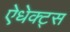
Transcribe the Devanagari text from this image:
ऐधेक्ट्स